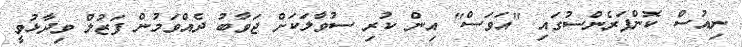
ނިއުސް ކޮންފަރެންސުގައި "އަވަސް" އިން ކުރި ސުވާލަކަށް ޖަވާބު ދެއްވަމުން ފަޒުލް ވިދާޅުވީ